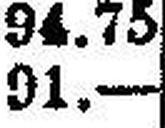
91.—